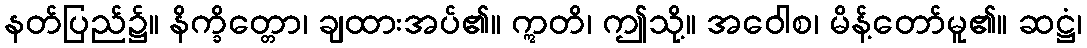
နတ်ပြည်၌။ နိက္ခိတ္တော၊ ချထားအပ်၏။ ဣတိ၊ ဤသို့။ အဝေါစ၊ မိန့်တော်မူ၏။ ဆဋ္ဌံ၊